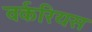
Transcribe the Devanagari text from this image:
वर्करियस